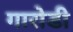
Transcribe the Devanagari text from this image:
गारोडी